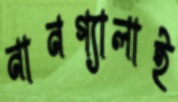
নানগ্যালাই